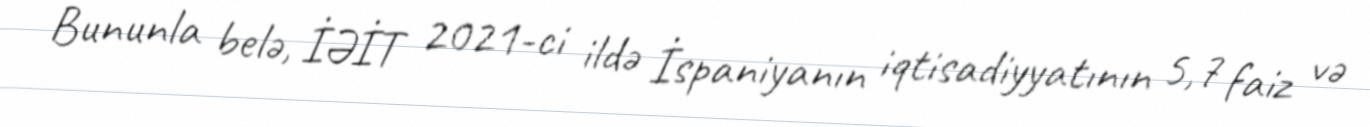
Bununla belə, İƏİT 2021-ci ildə İspaniyanın iqtisadiyyatının 5,7 faiz və